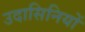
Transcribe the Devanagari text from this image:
उदासिनियों